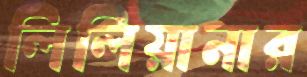
লিলিয়ানার